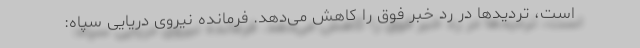
است، تردیدها در رد خبر فوق را کاهش می‌دهد. فرمانده نیروی دریایی سپاه: